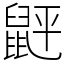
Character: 䶄